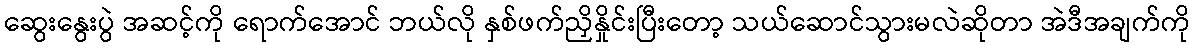
ဆွေးနွေးပွဲ အဆင့်ကို ရောက်အောင် ဘယ်လို နှစ်ဖက်ညှိနှိုင်းပြီးတော့ သယ်ဆောင်သွားမလဲဆိုတာ အဲဒီအချက်ကို